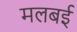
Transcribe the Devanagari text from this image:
मलबई